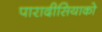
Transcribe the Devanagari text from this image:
पारादीसियाको